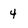
Character: 4